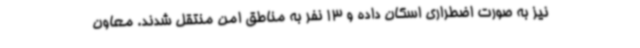
نیز به صورت اضطراری اسکان داده و 13 نفر به مناطق امن منتقل شدند. معاون